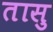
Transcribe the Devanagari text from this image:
तासु